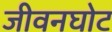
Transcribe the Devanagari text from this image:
जीवनघोट